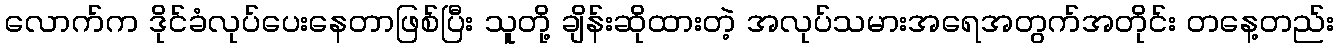
လောက်က ဒိုင်ခံလုပ်ပေးနေတာဖြစ်ပြီး သူတို့ ချိန်းဆိုထားတဲ့ အလုပ်သမားအရေအတွက်အတိုင်း တနေ့တည်း